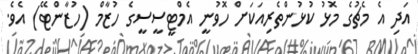
އަދި އެ މެޗުގެ މޮޅު ކުޅުންތެރިއަކަށް ހޮވުނީ އެމްޓީސީސީގެ ހުޒާމް (ހުޒާންޓޭ) އެވެ.